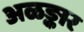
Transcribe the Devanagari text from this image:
अळङ्कार